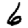
Digit: 6